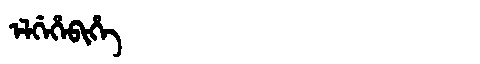
Manchu: ᡝᠯᡤᡝᡥᡝᠪᡳᡥᡝ
Romanization: ELGEHEBIHE